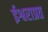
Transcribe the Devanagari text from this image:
ईश्वराप्रत